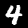
Label: 4